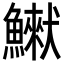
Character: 𩻿